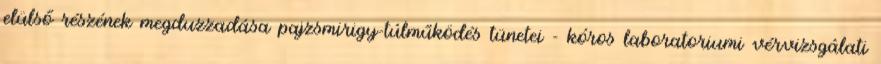
elülső részének megduzzadása pajzsmirigy-túlműködés tünetei - kóros laboratoriumi vérvizsgálati